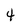
Character: 4